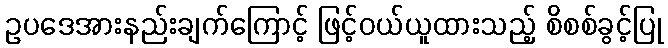
ဥပဒေအားနည်းချက်ကြောင့် ဖြင့်ဝယ်ယူထားသည့် စိစစ်ခွင့်ပြု